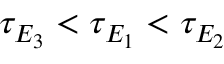
\tau _ { E _ { 3 } } < \tau _ { E _ { 1 } } < \tau _ { E _ { 2 } }